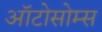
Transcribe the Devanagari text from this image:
ऑटोसोम्स